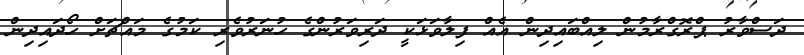
ދަސްވާރު ޕްރޮގްރާމުން ލިއްބައިދިން އެއް ފިލާވަޅަކީ ދަރިވަރުންގެ ހުނަރުވެރި ކަމުގެ މައްޗަށް ހޯދައިދިން